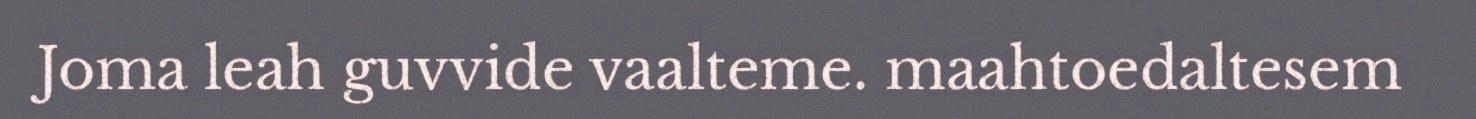
Joma leah guvvide vaalteme. maahtoedaltesem